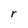
Character: V